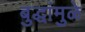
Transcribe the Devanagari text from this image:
बुद्धांमुळे